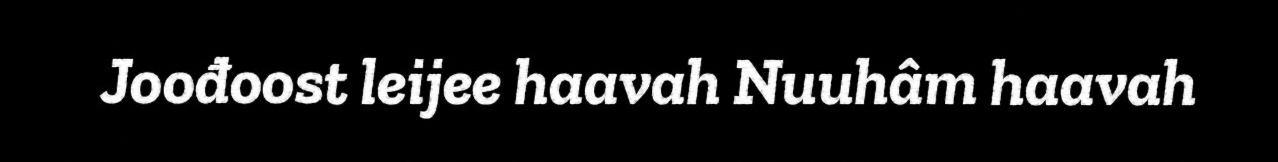
Joođoost leijee haavah Nuuhâm haavah